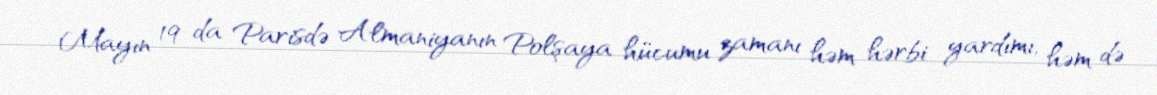
Mayın 19-da Parisdə Almaniyanın Polşaya hücumu zamanı həm hərbi yardımı, həm də